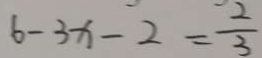
6 - 3 x - 2 = \frac { 2 } { 3 }